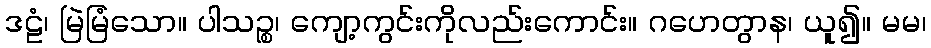
ဒဠံ၊ မြဲမြံသော။ ပါသဉ္စ၊ ကျော့ကွင်းကိုလည်းကောင်း။ ဂဟေတွာန၊ ယူ၍။ မမ၊